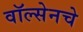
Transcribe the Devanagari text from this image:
वॉल्सेनचे